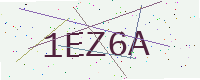
Text: 1EZ6A